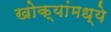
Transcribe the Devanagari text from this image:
खोक्यांमध्ये